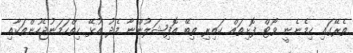
ތެރޭގައި ހިމެނެނީ ވޯޓް ފޮށިތައް ކައިރި ތިބޭ އޮފިޝަލުންނާ މެދު އުޅޭ ހިތްހަމަނުޖެހުންތަކާއި